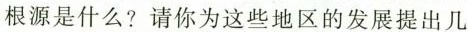
根源是什么?请你为这些地区的发展提出几